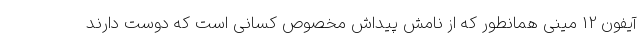
آیفون 12 مینی همانطور که از نامش پیداش مخصوص کسانی است که دوست دارند